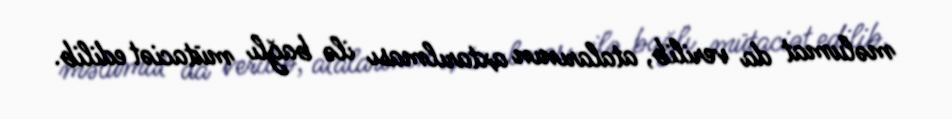
məlumat da verilib, atalarının axtarılması ilə bağlı mütaciət edilib.